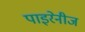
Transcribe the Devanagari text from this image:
पाइरेनीज